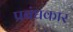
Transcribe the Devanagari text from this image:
प्रबंधकार